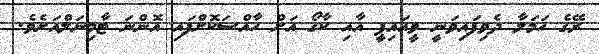
ރޭގެ ހަމަލާ ދެވިފައިވަނީ ވީއައިޕީ އާއި ކާގޯ އަށް ހާއްސަކޮށްފައި އޮންނަ ޓާމިނަލްއަށެވެ.